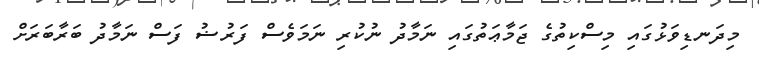
މިދަނޑިވަޅުގައި މިސްކިތުގެ ޖަމާޢަތުގައި ނަމާދު ނުކުރި ނަމަވެސް ފަރުޟު ފަސް ނަމާދު ބަރާބަރަށް